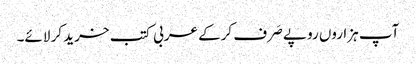
آپ ہزاروں روپے صَرف کرکے عربی کتب خرید کر لائے۔